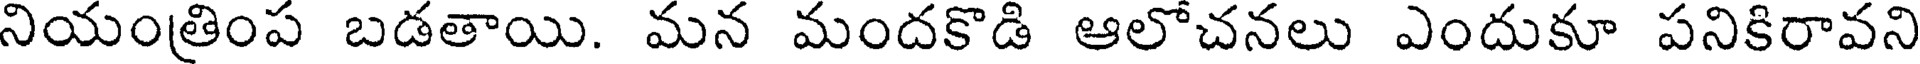
నియంత్రింప బడతాయి. మన మందకొడి ఆలోచనలు ఎందుకూ పనికిరావని